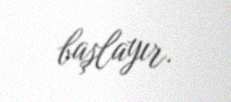
başlayır.